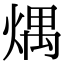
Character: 㷒